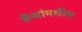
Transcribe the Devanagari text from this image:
सैन्यांमधील